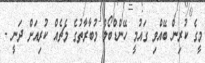
މީގެ ކުރިން ބޭއްވި ގައުމީ ހޭންޑްބޯލް މުބާރާތުގެ މެޗެއް ކުރިއަށް ދަނީ -